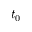
t _ { 0 }